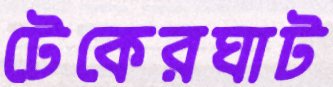
টেকেরঘাট